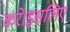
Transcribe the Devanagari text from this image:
करे।इसलिए